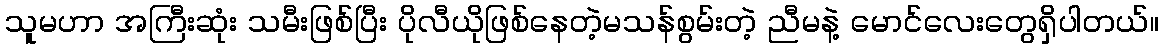
သူမဟာ အကြီးဆုံး သမီးဖြစ်ပြီး ပိုလီယိုဖြစ်နေတဲ့မသန်စွမ်းတဲ့ ညီမနဲ့ မောင်လေးတွေရှိပါတယ်။